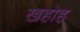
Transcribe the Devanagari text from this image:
खहोह